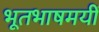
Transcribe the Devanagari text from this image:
भूतभाषमयीं